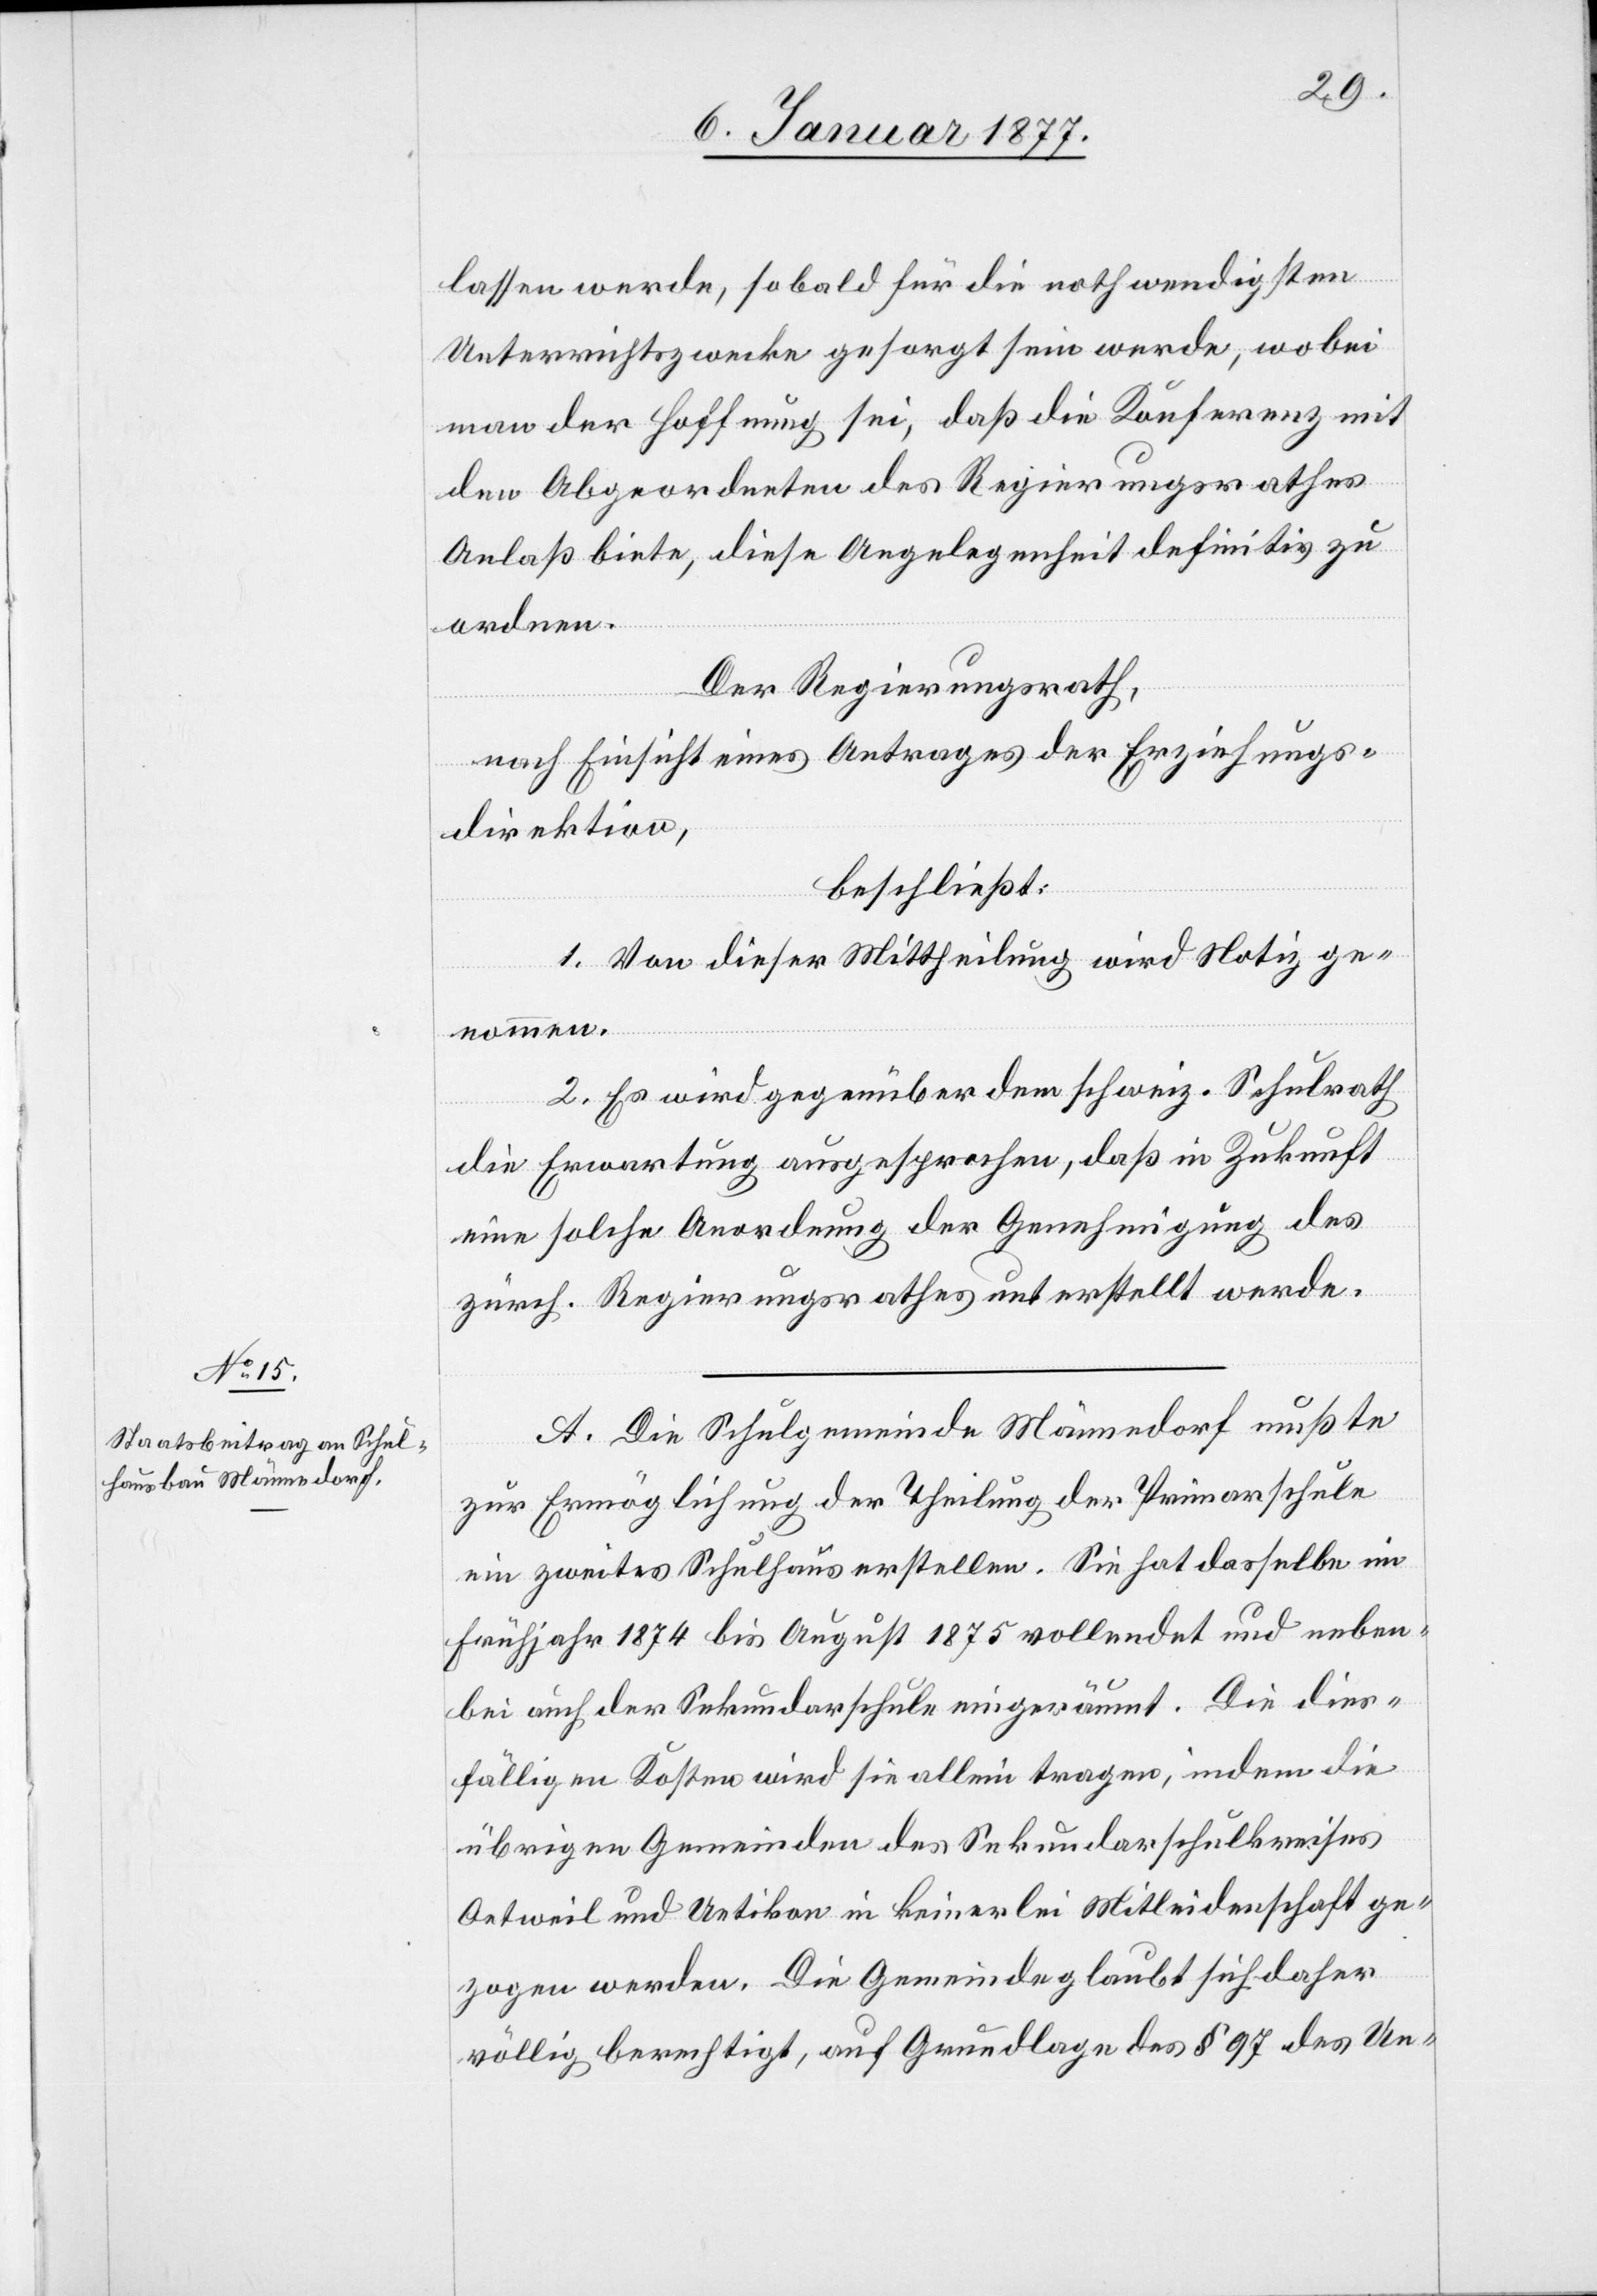
lassen werde, sobald für die nothwendigsten
Unterrichtszwecke gesorgt sein werde, wobei
man der Hoffnung sei, daß die Konferenz mit
den Abgeordneten des Regierungsrathes
Anlaß biete, diese Angelegenheit definitiv zu
ordnen.
Der Regierungsrath,
nach Einsicht eines Antrages der Erziehungs¬
direktion,
beschließt:
1. Von dieser Mittheilung wird Notiz ge¬
nommen.
2. Es wird gegenüber dem schweiz. Schulrath
die Erwartung ausgesprochen, daß in Zukunft
eine solche Anordnung der Genehmigung des
zürch. Regierungsrathes unterstellt werde.
A. Die Schulgemeinde Männedorf mußte
zur Ermöglichung der Theilung der Primarschule
ein zweites Schulhaus erstellen. Sie hat dasselbe im
Frühjahr 1874 bis August 1875 vollendet und neben¬
bei auch der Sekundarschule eingeräumt. Die dies¬
fälligen Kosten wird sie allein tragen, indem die
übrigen Gemeinden des Sekundarschulkreises
Oetweil und Uetikon in keinerlei Mitleidenschaft ge¬
zogen werden. Die Gemeinde glaubt sich daher
völlig berechtigt, auf Grundlage des § 97 des Un-